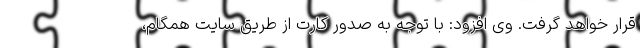
قرار خواهد گرفت. وی افزود: با توجه به صدور کارت از طریق سایت همگام،